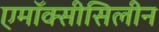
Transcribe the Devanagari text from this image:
एमॉक्सीसिलीन